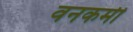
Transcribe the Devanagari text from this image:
वनकर्मी